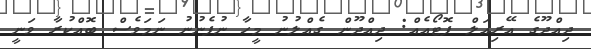
ދިއްދޫގެ އޭރިއަލް ފޮޓޯއެއް: ދިއްދޫން ގެއްލުނު މީހާ ނުފެނުނު ނަމަވެސް ބޮއްކުރާ ވަނީ